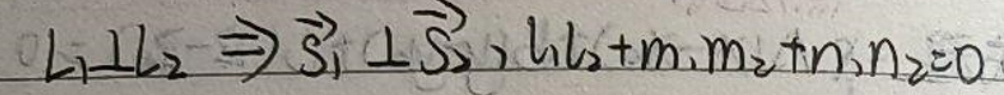
$l_{1}\bot l_{2}\Rightarrow \overrightarrow {s_{1}}\bot \overrightarrow {s_{2}},l_{1}l_{2}+m_{1}m_{2}+n_{1}n_{2}=0$